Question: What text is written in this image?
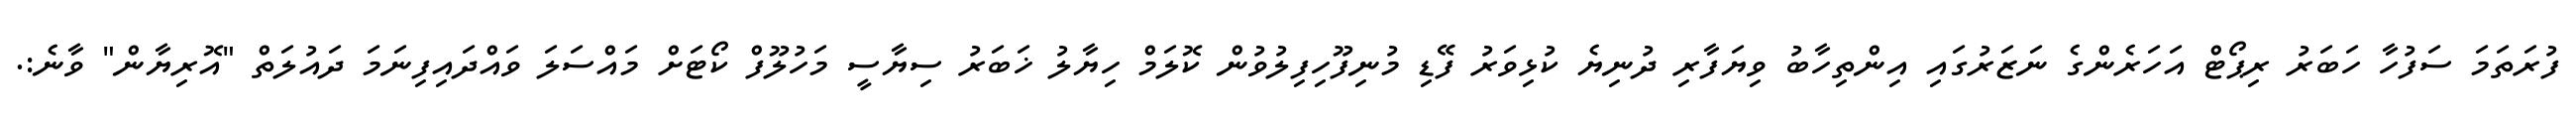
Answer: ފުރަތަމަ ސަފުހާ ހަބަރު ރިޕޯޓް އަހަރެންގެ ނަޒަރުގައި އިންތިހާބު ވިޔަފާރި ދުނިޔެ ކުޅިވަރު ފޭޑި މުނިފޫހިފިލުވުން ކޮލަމް ހިޔާލު ޚަބަރު ސިޔާސީ މަހުލޫފް ކޯޓަށް މައްސަލަ ވައްދައިފިނަމަ ދައުލަތް "އޮރިޔާން" ވާނެ:.